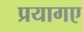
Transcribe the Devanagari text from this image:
प्रयागए